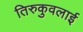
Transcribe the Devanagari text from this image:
तिरुकुवलाई